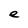
Character: e